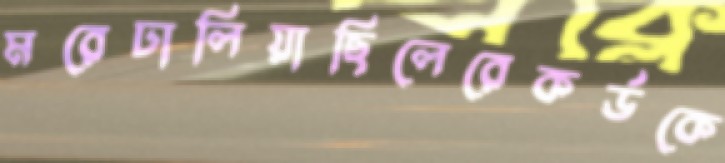
মরেঢালিয়াছিলেরেকর্ডকে